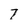
Character: 7